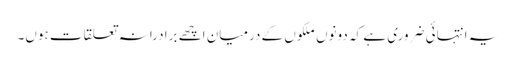
یہ انتہائی ضروری ہے کہ دونوں ملکوں کے درمیان اچھے برادرانہ تعلقات ہوں۔